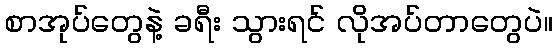
စာအုပ်တွေနဲ့ ခရီး သွားရင် လိုအပ်တာတွေပဲ။